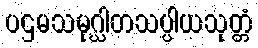
ပဌမသမုဂ္ဃါတသပ္ပါယသုတ္တံ